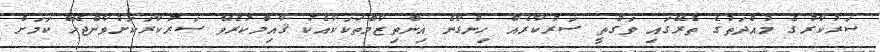
ސަރުކާރުގެ މުއްދަތުގެ ތެރޭގައި ވަގުތީ ސަރުކާރެއް ހިންގާނެ އިންތިޒާމްތަކަކާއެކު ޤާއިމްކުރެވޭ ސަރުކާރަކަށްވާންޖެހޭ ކަމަށް